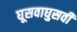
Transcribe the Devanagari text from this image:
घूसवाघुसवी